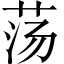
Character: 荡